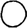
Digit: 0